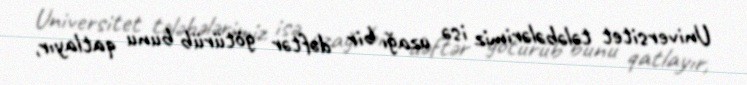
Universitet tələbələrimiz isə uzağı bir dəftər götürüb bunu qatlayır,